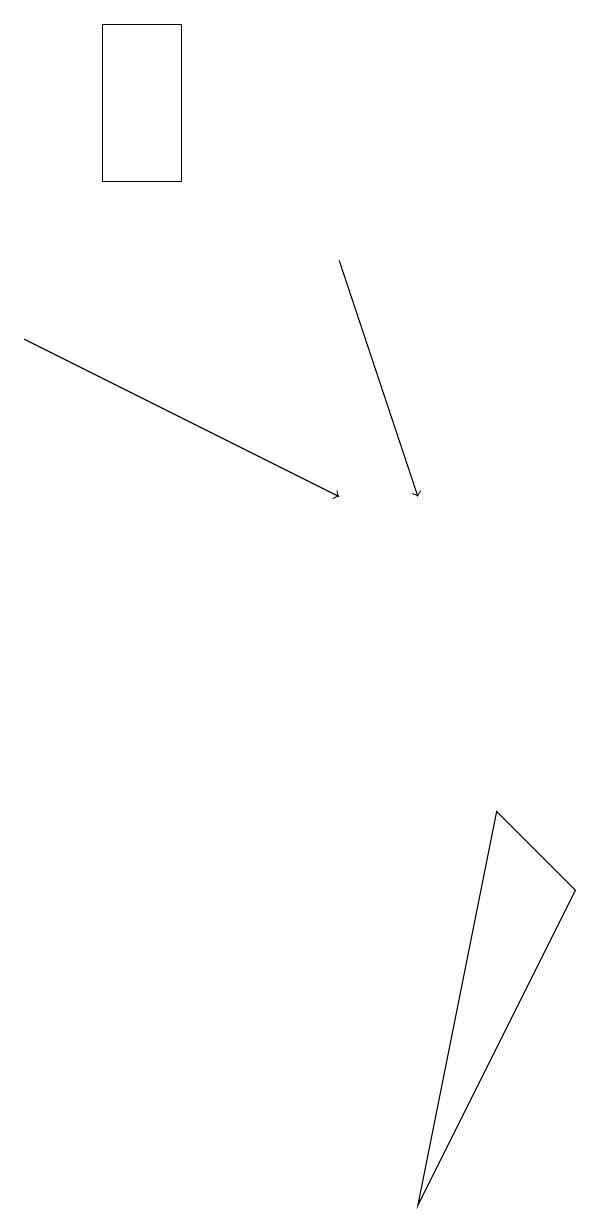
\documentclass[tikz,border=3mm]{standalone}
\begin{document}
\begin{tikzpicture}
\draw[->] (5,13) -- (6,10);
\draw[->] (1,12) -- (5,10);
\draw (3,16) rectangle (2,14);
\draw (6,1) -- (7,6) -- (8,5) -- cycle;
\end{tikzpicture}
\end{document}